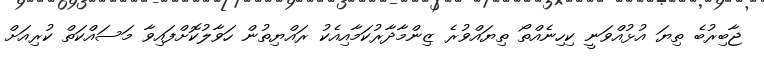
ޖާބިރުބެ ތިޔަ އުޅުއްވަނީ ކިހިނެއްތޯ ތިޔައްވުރެ ޒިންމާދާރުކަމާއިއެކު ރައްޔިތުން ހަވާލުކޮށްފައިވާ މަސައްކަތް ކުރިއަށް